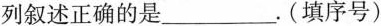
列叙述正确的是___。(填序号)